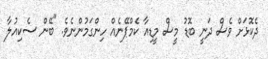
ދެކޮޅަށް ވެސް ދަނީ ބޮޑު މީސް މީޑިއާ ކެމްޕޭނެއް ހިންގަމުންނެވެ. "ބޭން ސެކިއުލާ